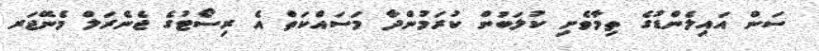
ސަން އައިލެންޑުގެ ތިމާވެށި ކުލަބުން ކުރަމުންދާ މަސައްކަތް އެ ރިސޯޓުގެ ޖެނެރަލް މެނޭޖަރ